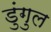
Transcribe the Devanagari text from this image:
डुंगुल